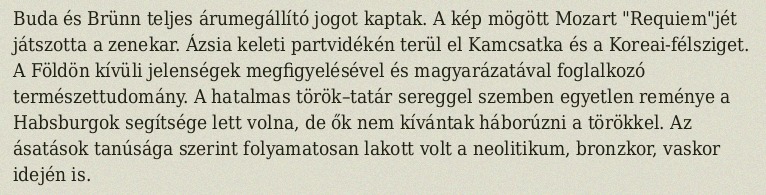
Buda és Brünn teljes árumegállító jogot kaptak. A kép mögött Mozart "Requiem"jét játszotta a zenekar. Ázsia keleti partvidékén terül el Kamcsatka és a Koreai-félsziget. A Földön kívüli jelenségek megfigyelésével és magyarázatával foglalkozó természettudomány. A hatalmas török–tatár sereggel szemben egyetlen reménye a Habsburgok segítsége lett volna, de ők nem kívántak háborúzni a törökkel. Az ásatások tanúsága szerint folyamatosan lakott volt a neolitikum, bronzkor, vaskor idején is.